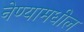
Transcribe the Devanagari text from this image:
नेण्यामधील